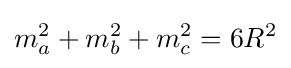
m_{a}^{2}+m_{b}^{2}+m_{c}^{2}=6R^{2}